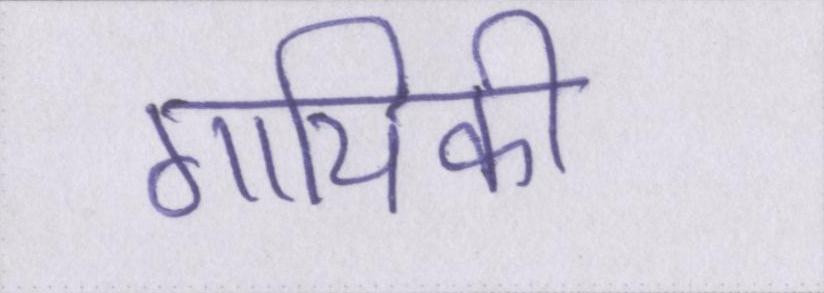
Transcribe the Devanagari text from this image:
गायिकी